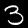
Label: 3